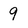
Character: 9